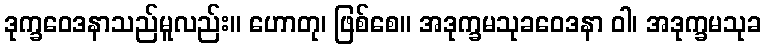
ဒုက္ခဝေဒနာသည်မူလည်း။ ဟောတု၊ ဖြစ်စေ။ အဒုက္ခမသုခဝေဒနာ ဝါ၊ အဒုက္ခမသုခ